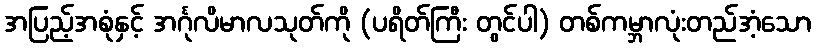
အပြည့်အစုံနှင့် အင်္ဂုလိမာလသုတ်ကို (ပရိတ်ကြီး တွင်ပါ) တစ်ကမ္ဘာလုံးတည်အံ့သော